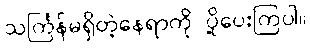
သင်္ကြန်မရှိတဲ့နေရာကို ပို့ပေးကြပါ။